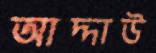
আদ্দাউ